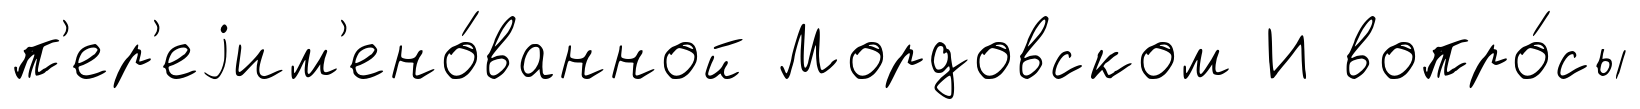
п'ер'еjим'ено́ванной Мордовском И вопро́сы